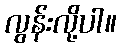
လွန်းလို့ပါ။